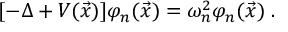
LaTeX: [ - \Delta + V ( \vec { x } ) ] \varphi _ { n } ( \vec { x } ) = \omega _ { n } ^ { 2 } \varphi _ { n } ( \vec { x } ) \; .